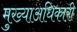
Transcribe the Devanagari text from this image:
मुख्याअधिकारी